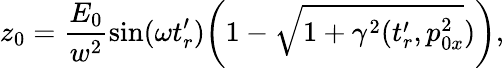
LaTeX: z_{0}=\frac{E_{0}}{w^{2}}\sin(\omega t_{r}^{\prime})\biggl(1-\sqrt{1+\gamma^{2}(t_{r}^{\prime},p_{0x}^{2}})\biggr),